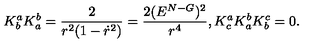
K _ { b } ^ { a } K _ { a } ^ { b } = \frac { 2 } { r ^ { 2 } ( 1 - \dot { r } ^ { 2 } ) } = \frac { 2 ( E ^ { N - G } ) ^ { 2 } } { r ^ { 4 } } , K _ { c } ^ { a } K _ { a } ^ { b } K _ { b } ^ { c } = 0 .